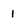
Character: 1